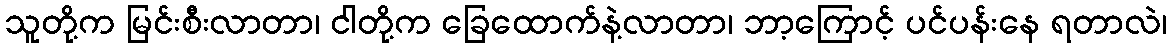
သူတို့က မြင်းစီးလာတာ၊ ငါတို့က ခြေထောက်နဲ့လာတာ၊ ဘာ့ကြောင့် ပင်ပန်းနေ ရတာလဲ၊